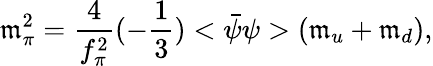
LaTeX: \mathfrak{m}_{\pi}^{2}={\frac{{4}}{{f_{\pi}^{2}}}}(-{\frac{{1}}{{3}}})<\bar{{\psi}}\psi>(\mathfrak{m}_{u}+\mathfrak{m}_{d}),